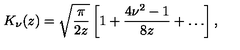
K _ { \nu } ( z ) = \sqrt { \frac { \pi } { 2 z } } \left[ 1 + \frac { 4 \nu ^ { 2 } - 1 } { 8 z } + \ldots \right] ,